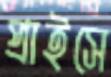
প্রাইসে